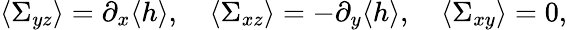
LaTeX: \langle\Sigma_{yz}\rangle=\partial_{x}\langle h\rangle,\quad\langle\Sigma_{xz}\rangle=-\partial_{y}\langle h\rangle,\quad\langle\Sigma_{xy}\rangle=0,